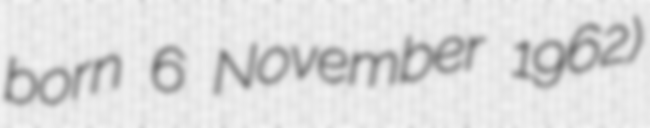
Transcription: born 6 November 1962)